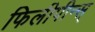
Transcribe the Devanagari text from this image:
फिलीपीन्स्